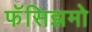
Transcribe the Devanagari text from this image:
फॅसिझमो